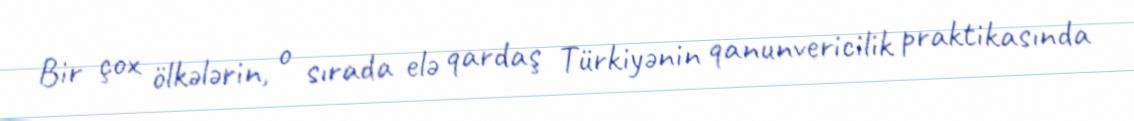
Bir çox ölkələrin, o sırada elə qardaş Türkiyənin qanunvericilik praktikasında